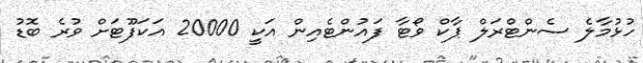
ހުޅުމާލެ ސެންޓްރަލް ޕާކް ވޯޓާ ފައުންޓެއިން އަކީ 20000 އަކަފޫޓަށް ވުރެ ބޮޑު